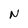
Character: N